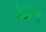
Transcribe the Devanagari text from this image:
बैर्रोनेट